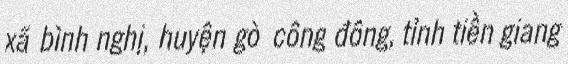
xã bình nghị, huyện gò công đông, tỉnh tiền giang